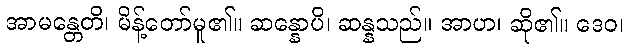
အာမန္တေတိ၊ မိန့်တော်မူ၏။ ဆန္နောပိ၊ ဆန္နသည်။ အာဟ၊ ဆို၏။ ဒေဝ၊